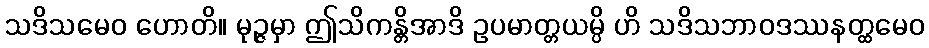
သဒိသမေဝ ဟောတိ။ မုဉ္ဇမှာ ဤသိကန္တိအာဒိ ဥပမာတ္တယမ္ပိ ဟိ သဒိသဘာဝဒဿနတ္ထမေဝ